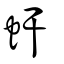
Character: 虷